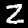
Digit: 2